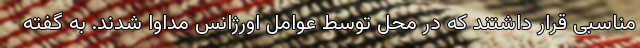
مناسبی قرار داشتند که در محل توسط عوامل اورژانس مداوا شدند. به گفته